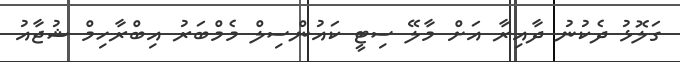
ގަލޮޅު ދެކުނު ދާއިރާ އަށް މާލޭ ސިޓީ ކައުންސިލް މެމްބަރު އިބްރާހިމް ޝުޖާއު